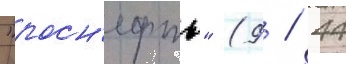
"росн'ефть" (9 / 44